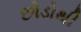
છોડોથી